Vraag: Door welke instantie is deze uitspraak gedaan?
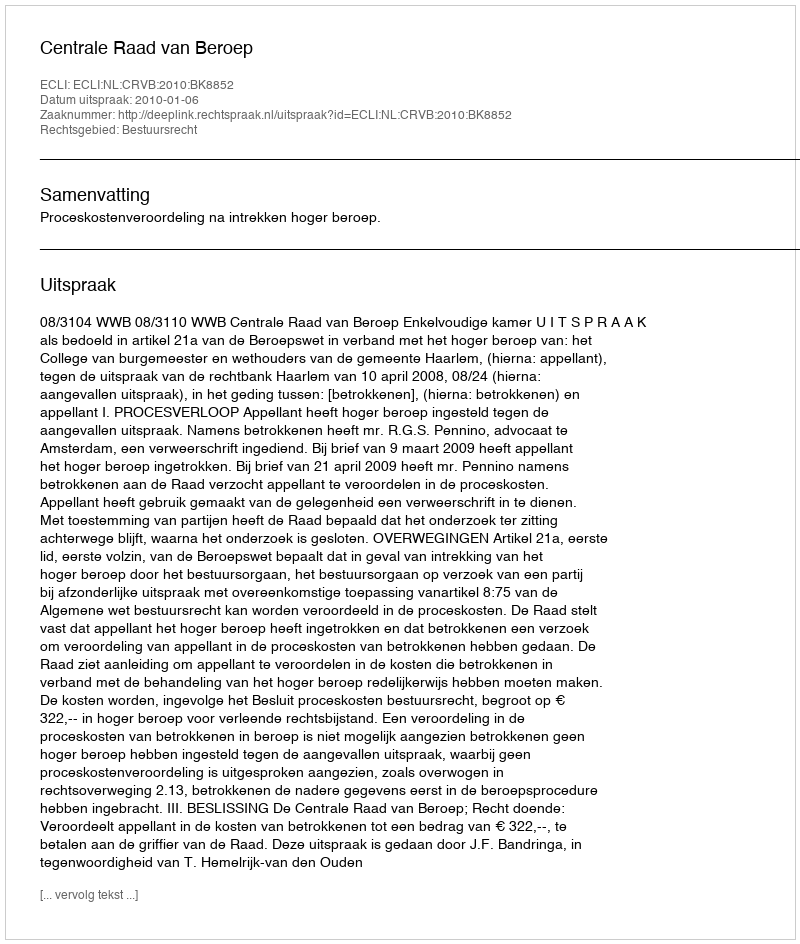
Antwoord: Centrale Raad van Beroep